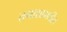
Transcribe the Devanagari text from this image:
तमाशामधील